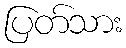
ပြတ်သား